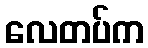
လေတပ်က